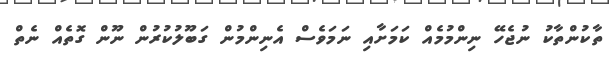
ތާކުންތާކު ނުޖެހޭ ނިންމުމެއް ކަމަށާއި ނަމަވެސް އެނިންމުން ގަބޫލުކުރުން ނޫން ގޮތެއް ނެތް